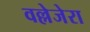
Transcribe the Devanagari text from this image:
वल्लेजेरा